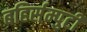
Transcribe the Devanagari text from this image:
बहिर्सम्पुटी